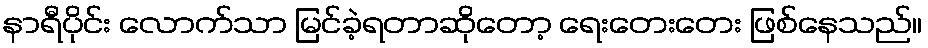
နာရီပိုင်း လောက်သာ မြင်ခဲ့ရတာဆိုတော့ ရေးတေးတေး ဖြစ်နေသည်။